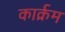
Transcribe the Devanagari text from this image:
कार्क्रम